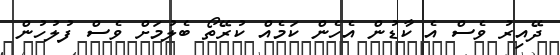
ދޭއިރު ވެސް އެ ކާޑުން އެހެން ކަމެއް ކުރޭތޯ ބެލުމަށް ވެސް ފުލުހުން